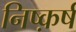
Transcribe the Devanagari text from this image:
निष्क़र्ष